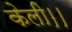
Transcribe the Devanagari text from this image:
केली।।